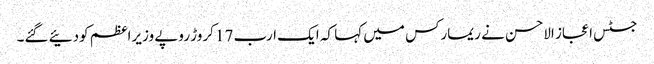
جسٹس اعجاز الاحسن نے ریمارکس میں کہا کہ ایک ارب 17 کروڑ روپے وزیراعظم کودئیے گئے۔